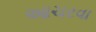
આચરવા